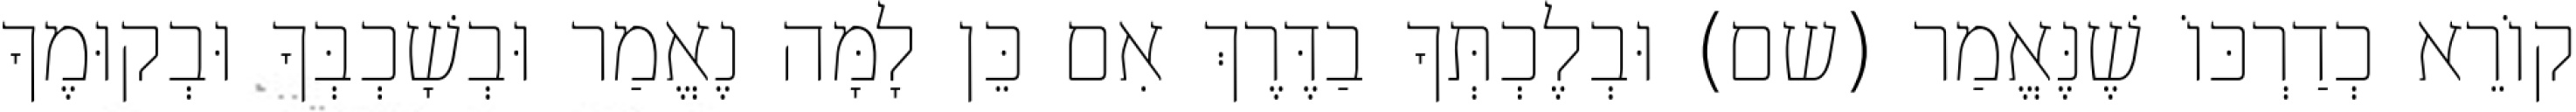
קוֹרֵא כְדַרְכּוֹ שֶׁנֶּאֱמַר (שם) וּבְלֶכְתְּךָ בַדֶּרֶךְ אִם כֵּן לָמָּה נֶאֱמַר וּבְשָׁכְבְּךָ וּבְקוּמֶךָ